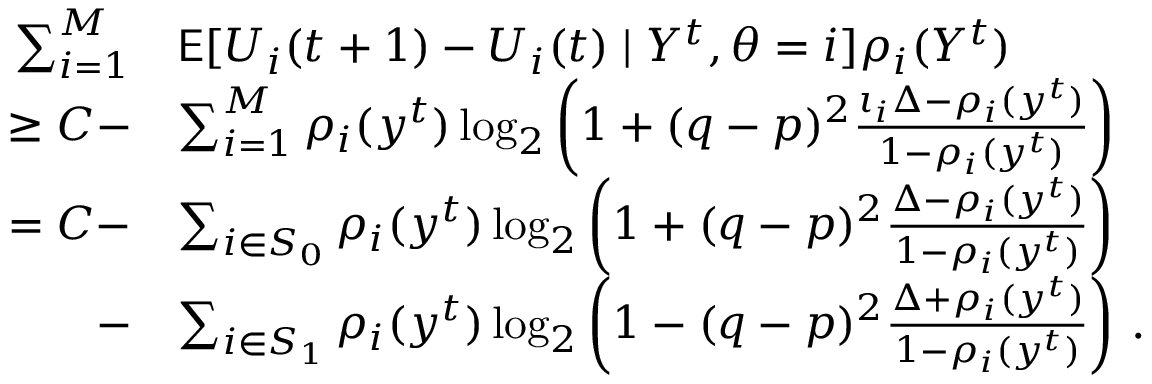
\begin{array} { r l } { \sum _ { i = 1 } ^ { M } } & { \mathsf { E } [ U _ { i } ( t + 1 ) - U _ { i } ( t ) \mid Y ^ { t } , \theta = i ] \rho _ { i } ( Y ^ { t } ) } \\ { \ge C - } & { \sum _ { i = 1 } ^ { M } \rho _ { i } ( y ^ { t } ) \log _ { 2 } \left( 1 + ( q - p ) ^ { 2 } \frac { \iota _ { i } \Delta - \rho _ { i } ( y ^ { t } ) } { 1 - \rho _ { i } ( y ^ { t } ) } \right) } \\ { = C - } & { \sum _ { i \in S _ { 0 } } \rho _ { i } ( y ^ { t } ) \log _ { 2 } \left( 1 + ( q - p ) ^ { 2 } \frac { \Delta - \rho _ { i } ( y ^ { t } ) } { 1 - \rho _ { i } ( y ^ { t } ) } \right) } \\ { - } & { \sum _ { i \in S _ { 1 } } \rho _ { i } ( y ^ { t } ) \log _ { 2 } \left( 1 - ( q - p ) ^ { 2 } \frac { \Delta + \rho _ { i } ( y ^ { t } ) } { 1 - \rho _ { i } ( y ^ { t } ) } \right) \, . } \end{array}